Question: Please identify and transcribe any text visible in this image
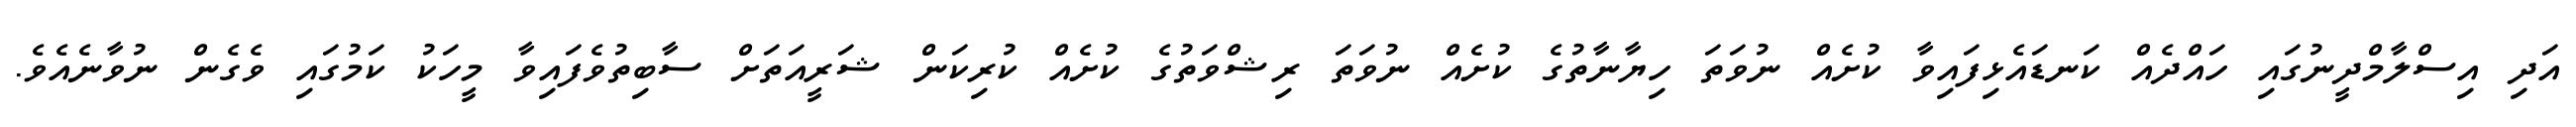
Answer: އަދި އިސްލާމްދީނުގައި ހައްދެއް ކަނޑައެޅިފައިވާ ކުށެއް ނުވަތަ ހިޔާނާތުގެ ކުށެއް ނުވަތަ ރިޝްވަތުގެ ކުށެއް ކުރިކަން ޝަރީއަތަށް ސާބިތުވެފައިވާ މީހަކު ކަމުގައި ވެގެން ނުވާނެއެވެ.